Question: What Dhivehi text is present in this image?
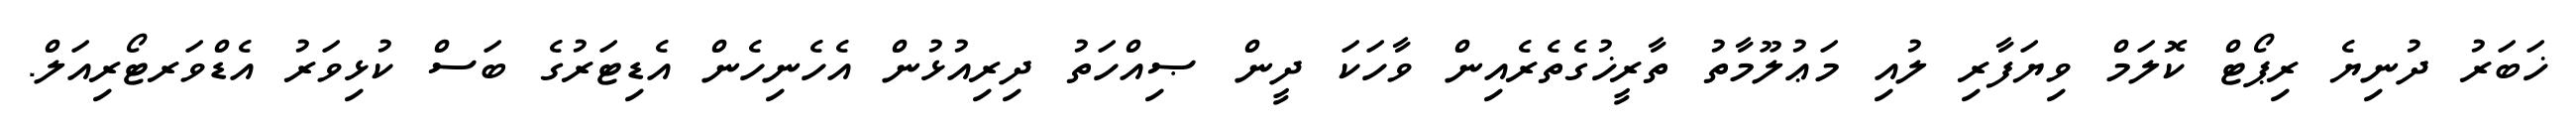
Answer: ޚަބަރު ދުނިޔެ ރިޕޯޓް ކޮލަމް ވިޔަފާރި ލުއި މަޢުލޫމާތު ތާރީޚުގެތެރެއިން ވާހަކަ ދީން ޞިއްހަތު ދިރިއުޅުން އެހެނިހެން އެޑިޓަރުގެ ބަސް ކުޅިވަރު އެޑްވަރޓޯރިއަލް.